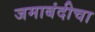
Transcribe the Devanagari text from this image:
जमाबंदीचा